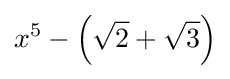
x^{5}-\left({\sqrt {2}}+{\sqrt {3}}\right)